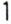
1